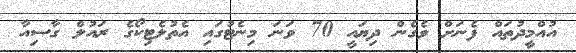
އުއްމީދުތައް ފެނަށް ވެގެން ދިޔައީ 70 ވަނަ މިނެޓުގައި އެތުލެޓިކޯގެ ރައުލް ގާސިއާ